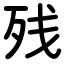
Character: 残